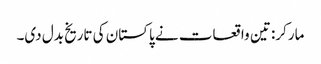
مارکر: تین واقعات نے پاکستان کی تاریخ بدل دی۔